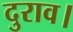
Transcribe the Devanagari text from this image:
दुराव।